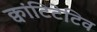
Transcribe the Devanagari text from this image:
क्वांटिटेटिव